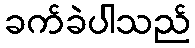
ခက်ခဲပါသည်